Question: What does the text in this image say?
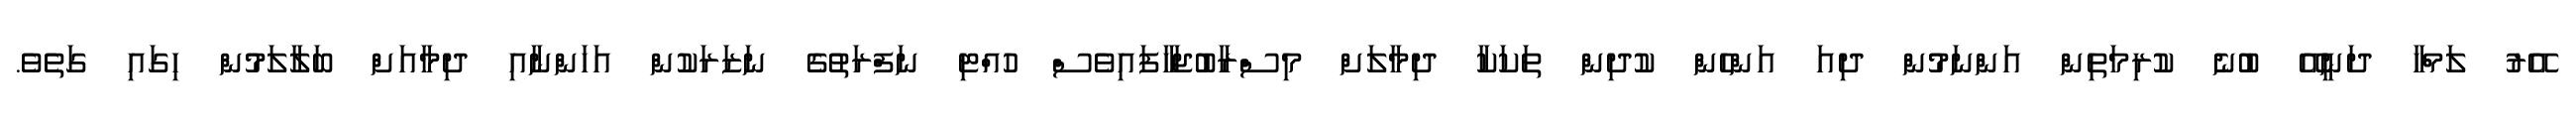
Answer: އޭރު ލަމްހާ ދަނީއޭ ބުނެ ކުރިމަތިން އަންނަމުން ދިއަ އަންހެން ކުދިން ތަކަކާ ދިމާލަށް މިސްރާބުޖަހާފައިވެސް ހުއްޓި ނަފްރަތުގެ ނަޒަރަކުން އަހަންނާއި ދިމާއަށް ބަލާލަމުން ހިގައި ގަތެވެ.